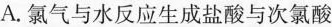
A.氯气与水反应生成盐酸与次氯酸